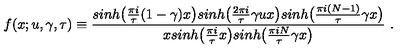
f ( x ; u , \gamma , \tau ) \equiv { \frac { s i n h \big ( { \frac { \pi i } { \tau } } ( 1 - \gamma ) x \big ) s i n h \big ( { \frac { 2 \pi i } { \tau } } \gamma u x \big ) s i n h \big ( { \frac { \pi i ( N - 1 ) } { \tau } } \gamma x \big ) } { x s i n h \big ( { \frac { \pi i } { \tau } } x \big ) s i n h \big ( { \frac { \pi i N } { \tau } } \gamma x \big ) } } \ .